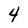
Character: 4